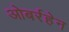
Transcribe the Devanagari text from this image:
ओबर्रहेन